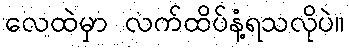
လေထဲမှာ လက်ထိပ်နံ့ရသလိုပဲ။